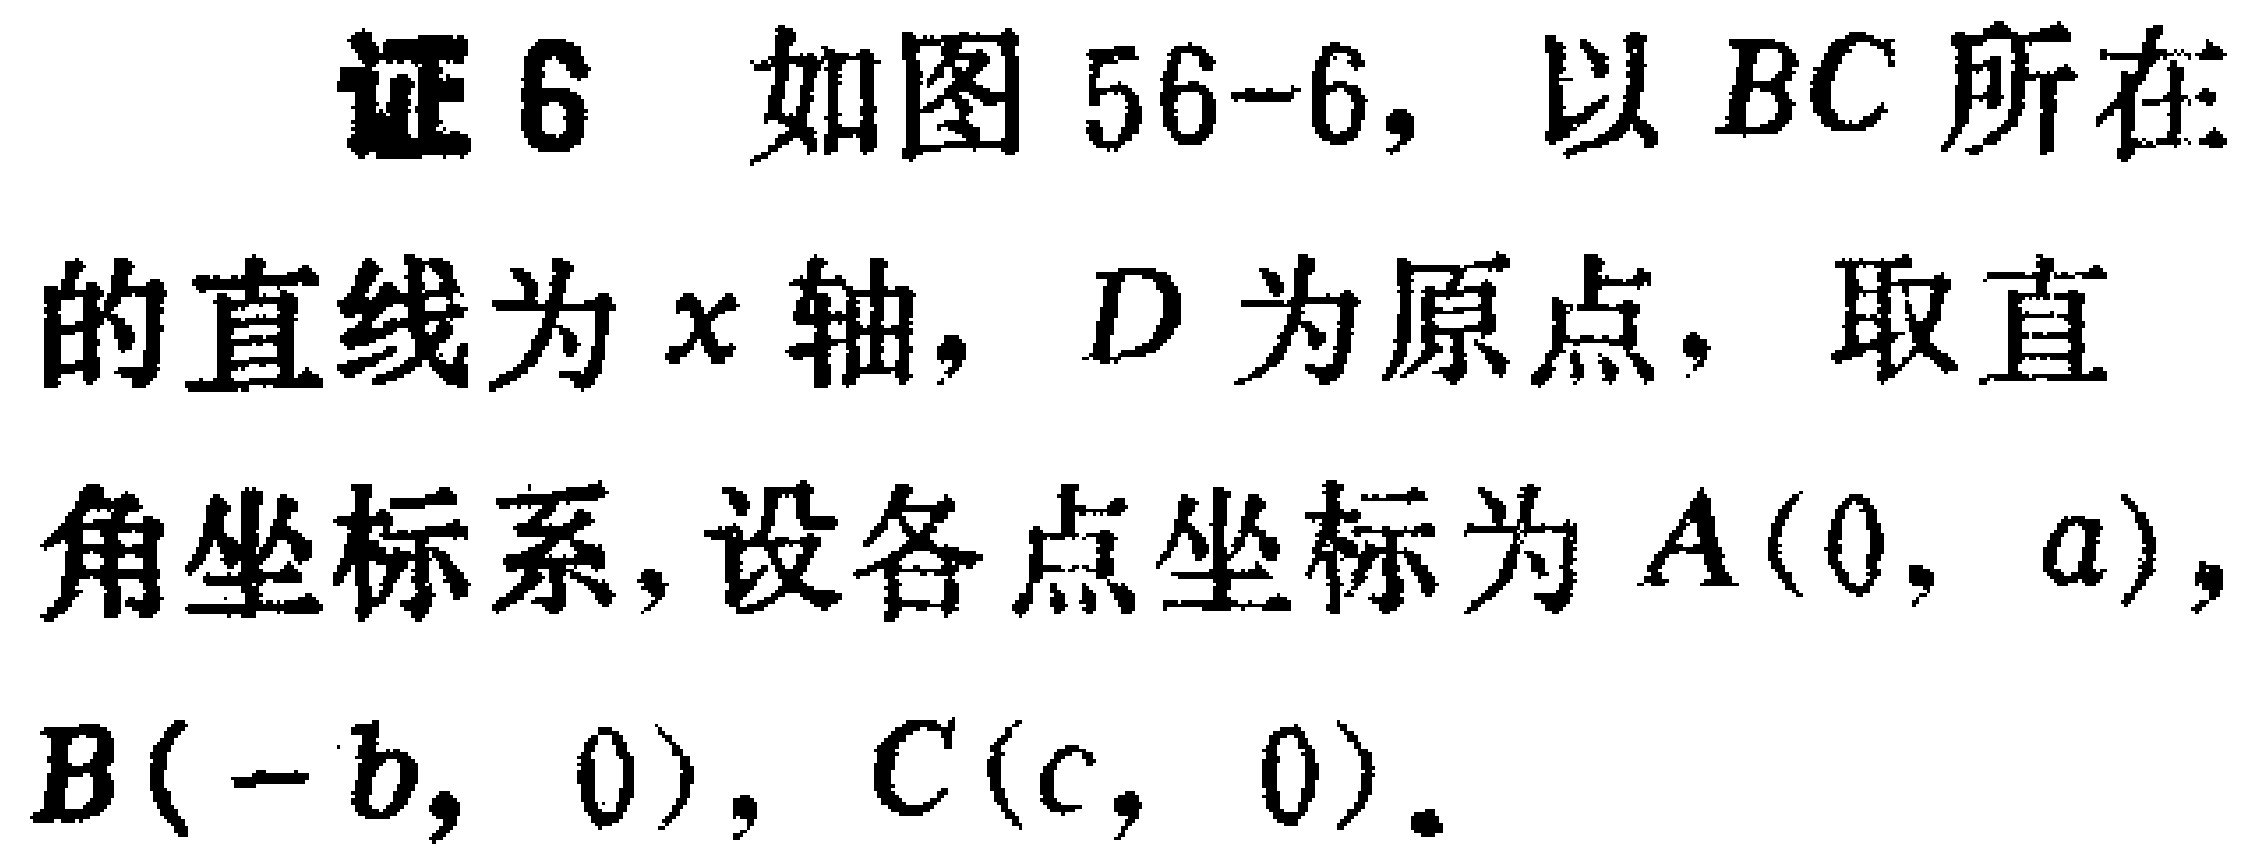
证6 如图56-6，以$BC$所在的直线为$x$轴，$D$为原点，取直角坐标系，设各点坐标为$A(0,a)$，$B(-b,0)$，$C(c,0)$。